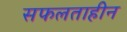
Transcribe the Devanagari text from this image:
सफलताहीन